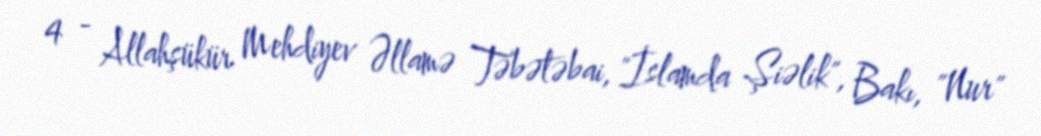
4 - Allahşükür Mehdiyev Əllamə Təbətəbai, "İslamda Şiəlik", Bakı, "Nur"